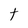
Character: t